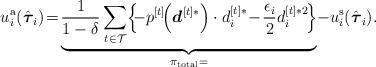
LaTeX: \begin{align*}u_i^{\mathrm{a}}(\hat{\boldsymbol{\tau}}_i) \!=\! \underbrace{\frac{1}{1-\delta}\sum_{t \in \mathcal{T}} \! \left\{ \!\!-p^{[t]}\!\!\left(\boldsymbol{d}^{[t]*}\right) \cdot d_i^{[t]*} \!-\! \frac{\epsilon_i}{2}d_i^{[t]*2}\!\right\} }_{\pi_\mathrm{total}=}\!-u_i^{\mathrm{s}}(\hat{\boldsymbol{\tau}}_i).\end{align*}